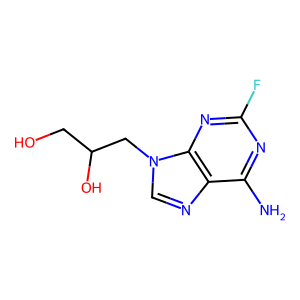
SMILES: Nc1nc(F)nc2c1ncn2CC(O)CO
Inhibits HIV replication: No